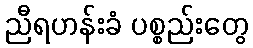
ညီရဟန်းခံ ပစ္စည်းတွေ